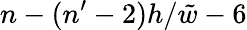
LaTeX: n-(n^{\prime}-2)h/\tilde{w}-6